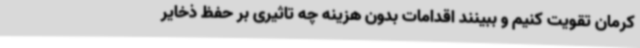
کرمان تقویت کنیم و ببینند اقدامات بدون هزینه چه تاثیری بر حفظ ذخایر